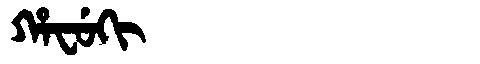
Manchu: ᡥᠠᠸᡠᡴᡳ
Romanization: HAFUKI